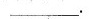
_________.